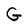
Character: G